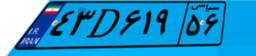
۰۲D۱۲۹۷۸